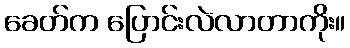
ခေတ်က ပြောင်းလဲလာတာကိုး။